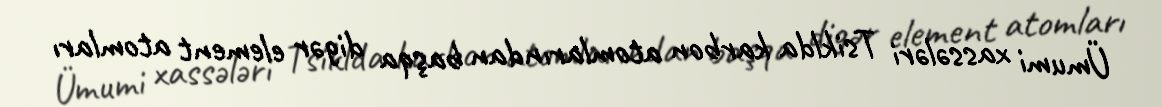
Ümumi xassələri Tsiklda karbon atomlarından başqa digər element atomları